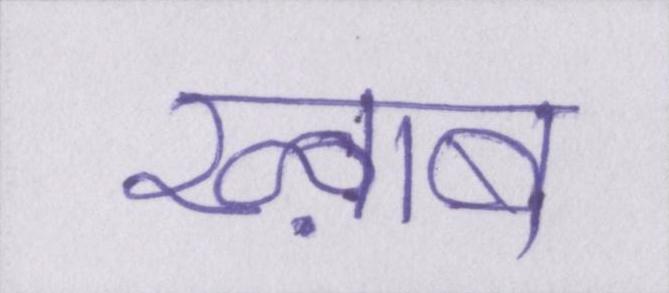
ख्व़ाब